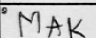
Transcription: MAK